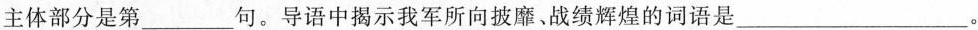
主体部分是第___句。导语中揭示我军所向披靡、战绩辉煌的词语是___。